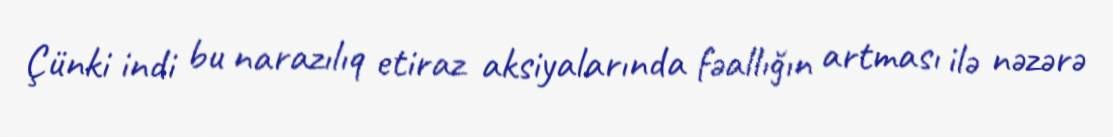
Çünki indi bu narazılıq etiraz aksiyalarında fəallığın artması ilə nəzərə